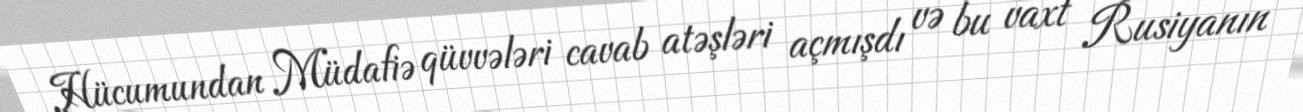
Hücumundan Müdafiə qüvvələri cavab atəşləri açmışdı və bu vaxt Rusiyanın